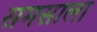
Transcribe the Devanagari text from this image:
समसाला